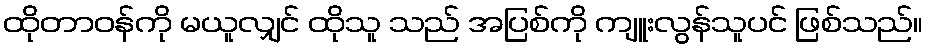
ထိုတာဝန်ကို မယူလျှင် ထိုသူ သည် အပြစ်ကို ကျူးလွန်သူပင် ဖြစ်သည်။